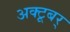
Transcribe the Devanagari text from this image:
अक्टूबर्